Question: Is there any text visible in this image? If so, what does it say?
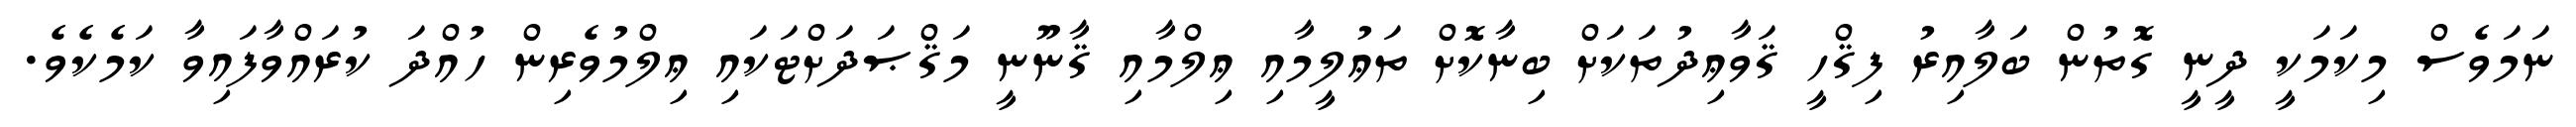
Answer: ނަމަވެސް މިކަމަކީ ދީނީ ގޮތުން ބަލާއިރު ފިޤްހީ ޤަވާޢިދުތަކަށް ބިނާކޮށް ތަޢުލީމާއި ޢިލްމާއި ޤާނޫނީ މަޤްޞަދަށްޓަކައި ޢިލްމުވެރިން ހުއްދަ ކުރައްވާފައިވާ ކަމެކެވެ.